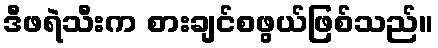
ဒီဖရဲသီးက စားချင်စဖွယ်ဖြစ်သည်။